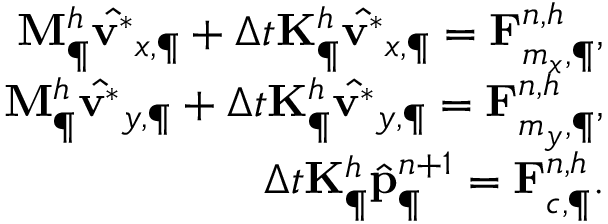
\begin{array} { r } { \mathbf { M } _ { \P } ^ { h } \hat { \mathbf { v } ^ { \ast } } _ { x , \P } + \Delta t \mathbf { K } _ { \P } ^ { h } \hat { \mathbf { v } ^ { \ast } } _ { x , \P } = \mathbf { F } _ { m _ { x } , \P } ^ { n , h } , } \\ { \mathbf { M } _ { \P } ^ { h } \hat { \mathbf { v } ^ { \ast } } _ { y , \P } + \Delta t \mathbf { K } _ { \P } ^ { h } \hat { \mathbf { v } ^ { \ast } } _ { y , \P } = \mathbf { F } _ { m _ { y } , \P } ^ { n , h } , } \\ { \Delta t \mathbf { K } _ { \P } ^ { h } \hat { \mathbf { p } } _ { \P } ^ { n + 1 } = \mathbf { F } _ { c , \P } ^ { n , h } . } \end{array}